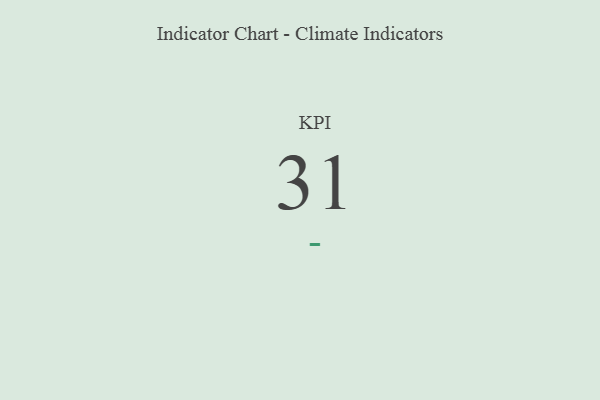
{"axis": {"x": "KPI", "y": "Value"}, "legend": [""], "data": [{"x": "KPI", "y": 31, "type": ""}]}